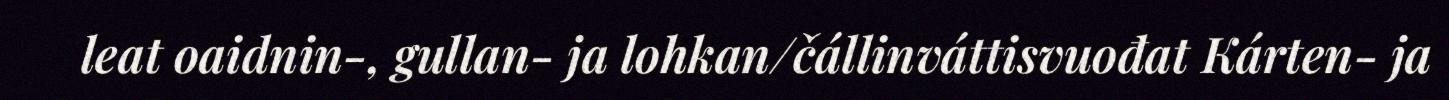
leat oaidnin-, gullan- ja lohkan/čállinváttisvuođat Kárten- ja